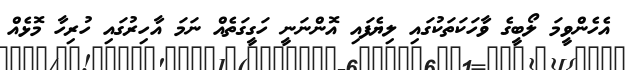
އެހެންވީމަ ލޯބީގެ ވާހަކަތަކުގައި ލިޔެފައި އޮންނަނީ ހަގީގަތެއް ނަމަ އާހިރުގައި ހުރިހާ މޮޅެއް